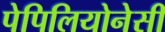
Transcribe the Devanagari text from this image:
पेपिलियोनेसी